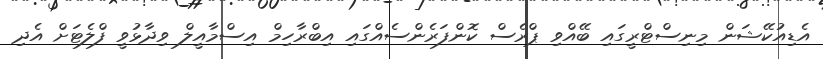
އެޑިއުކޭޝަން މިނިސްޓްރީގައި ބޭއްވި ޕްރެސް ކޮންފަރެންސެއްގައި އިބްރާހިމް އިސްމާއީލް ވިދާޅުވީ ފްލެޓަށް އެދި